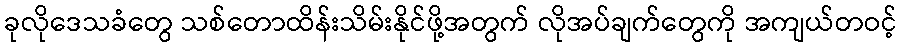
ခုလိုဒေသခံတွေ သစ်တောထိန်းသိမ်းနိုင်ဖို့အတွက် လိုအပ်ချက်တွေကို အကျယ်တဝင့်